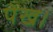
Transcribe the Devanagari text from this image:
पेख।